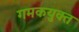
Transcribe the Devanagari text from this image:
गमकयुक्त